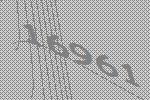
16961